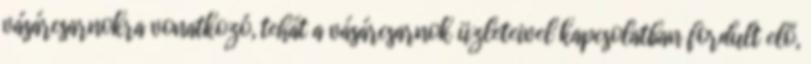
vásárcsarnokra vonatkozó, tehát a vásárcsarnok üzleteivel kapcsolatban fordult elő,